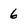
Character: 6